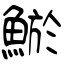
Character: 鯲